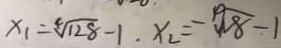
x _ { 1 } = \sqrt [ 4 ] { 1 2 8 } - 1 . x _ { 2 } = - \sqrt [ 1 0 ] { 8 } - 1